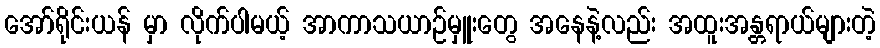
အော်ရိုင်းယန် မှာ လိုက်ပါမယ့် အာကာသယာဉ်မှူးတွေ အနေနဲ့လည်း အထူးအန္တရာယ်များတဲ့